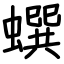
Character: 蟤